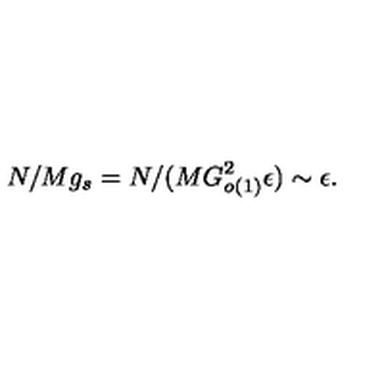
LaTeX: N / M g _ { s } = N / ( M G _ { o ( 1 ) } ^ { 2 } \epsilon ) \sim \epsilon .